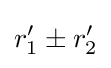
r_{1}^{\prime }\pm r_{2}^{\prime }